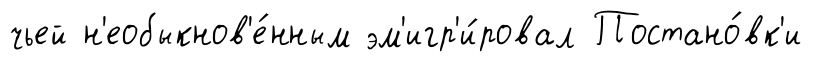
чьей н'еобыкнов'е́нным эм'игр'и́ровал Постано́вк'и